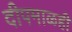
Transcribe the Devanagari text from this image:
दीपमाळही